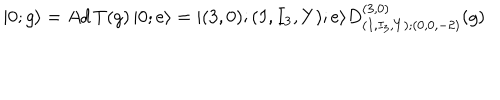
LaTeX: | 0 ; g \rangle = A d \, T ( g ) \, | 0 ; e \rangle = | ( 3 , 0 ) ; ( I , I _ { 3 } , Y ) ; e \rangle D _ { ( I , I _ { 3 } , Y ) ; ( 0 , 0 , - 2 ) } ^ { ( 3 , 0 ) } ( g )